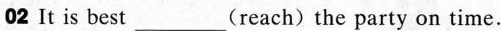
02 It is best ___ (reach) the party on time.